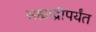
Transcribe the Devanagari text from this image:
सह्याद्रीपर्यंत